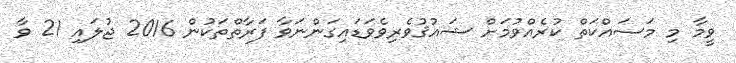
ވީމާ މި މަސައްކަތް ކުރެއްވުމަށް ޝައުޤުވެރިވެވަޑައިގަންނަވާ ފަރާތްތަކުން 2016 ޖުލައި 21 ވާ